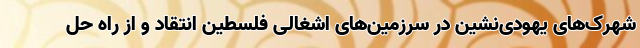
شهرک‌های یهودی‌نشین در سرزمین‌های اشغالی فلسطین انتقاد و از راه حل